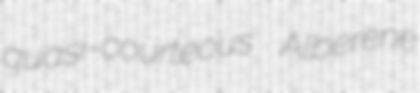
quasi-courteous Alberene